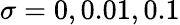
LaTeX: \sigma=0,0.01,0.1